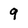
Character: 9